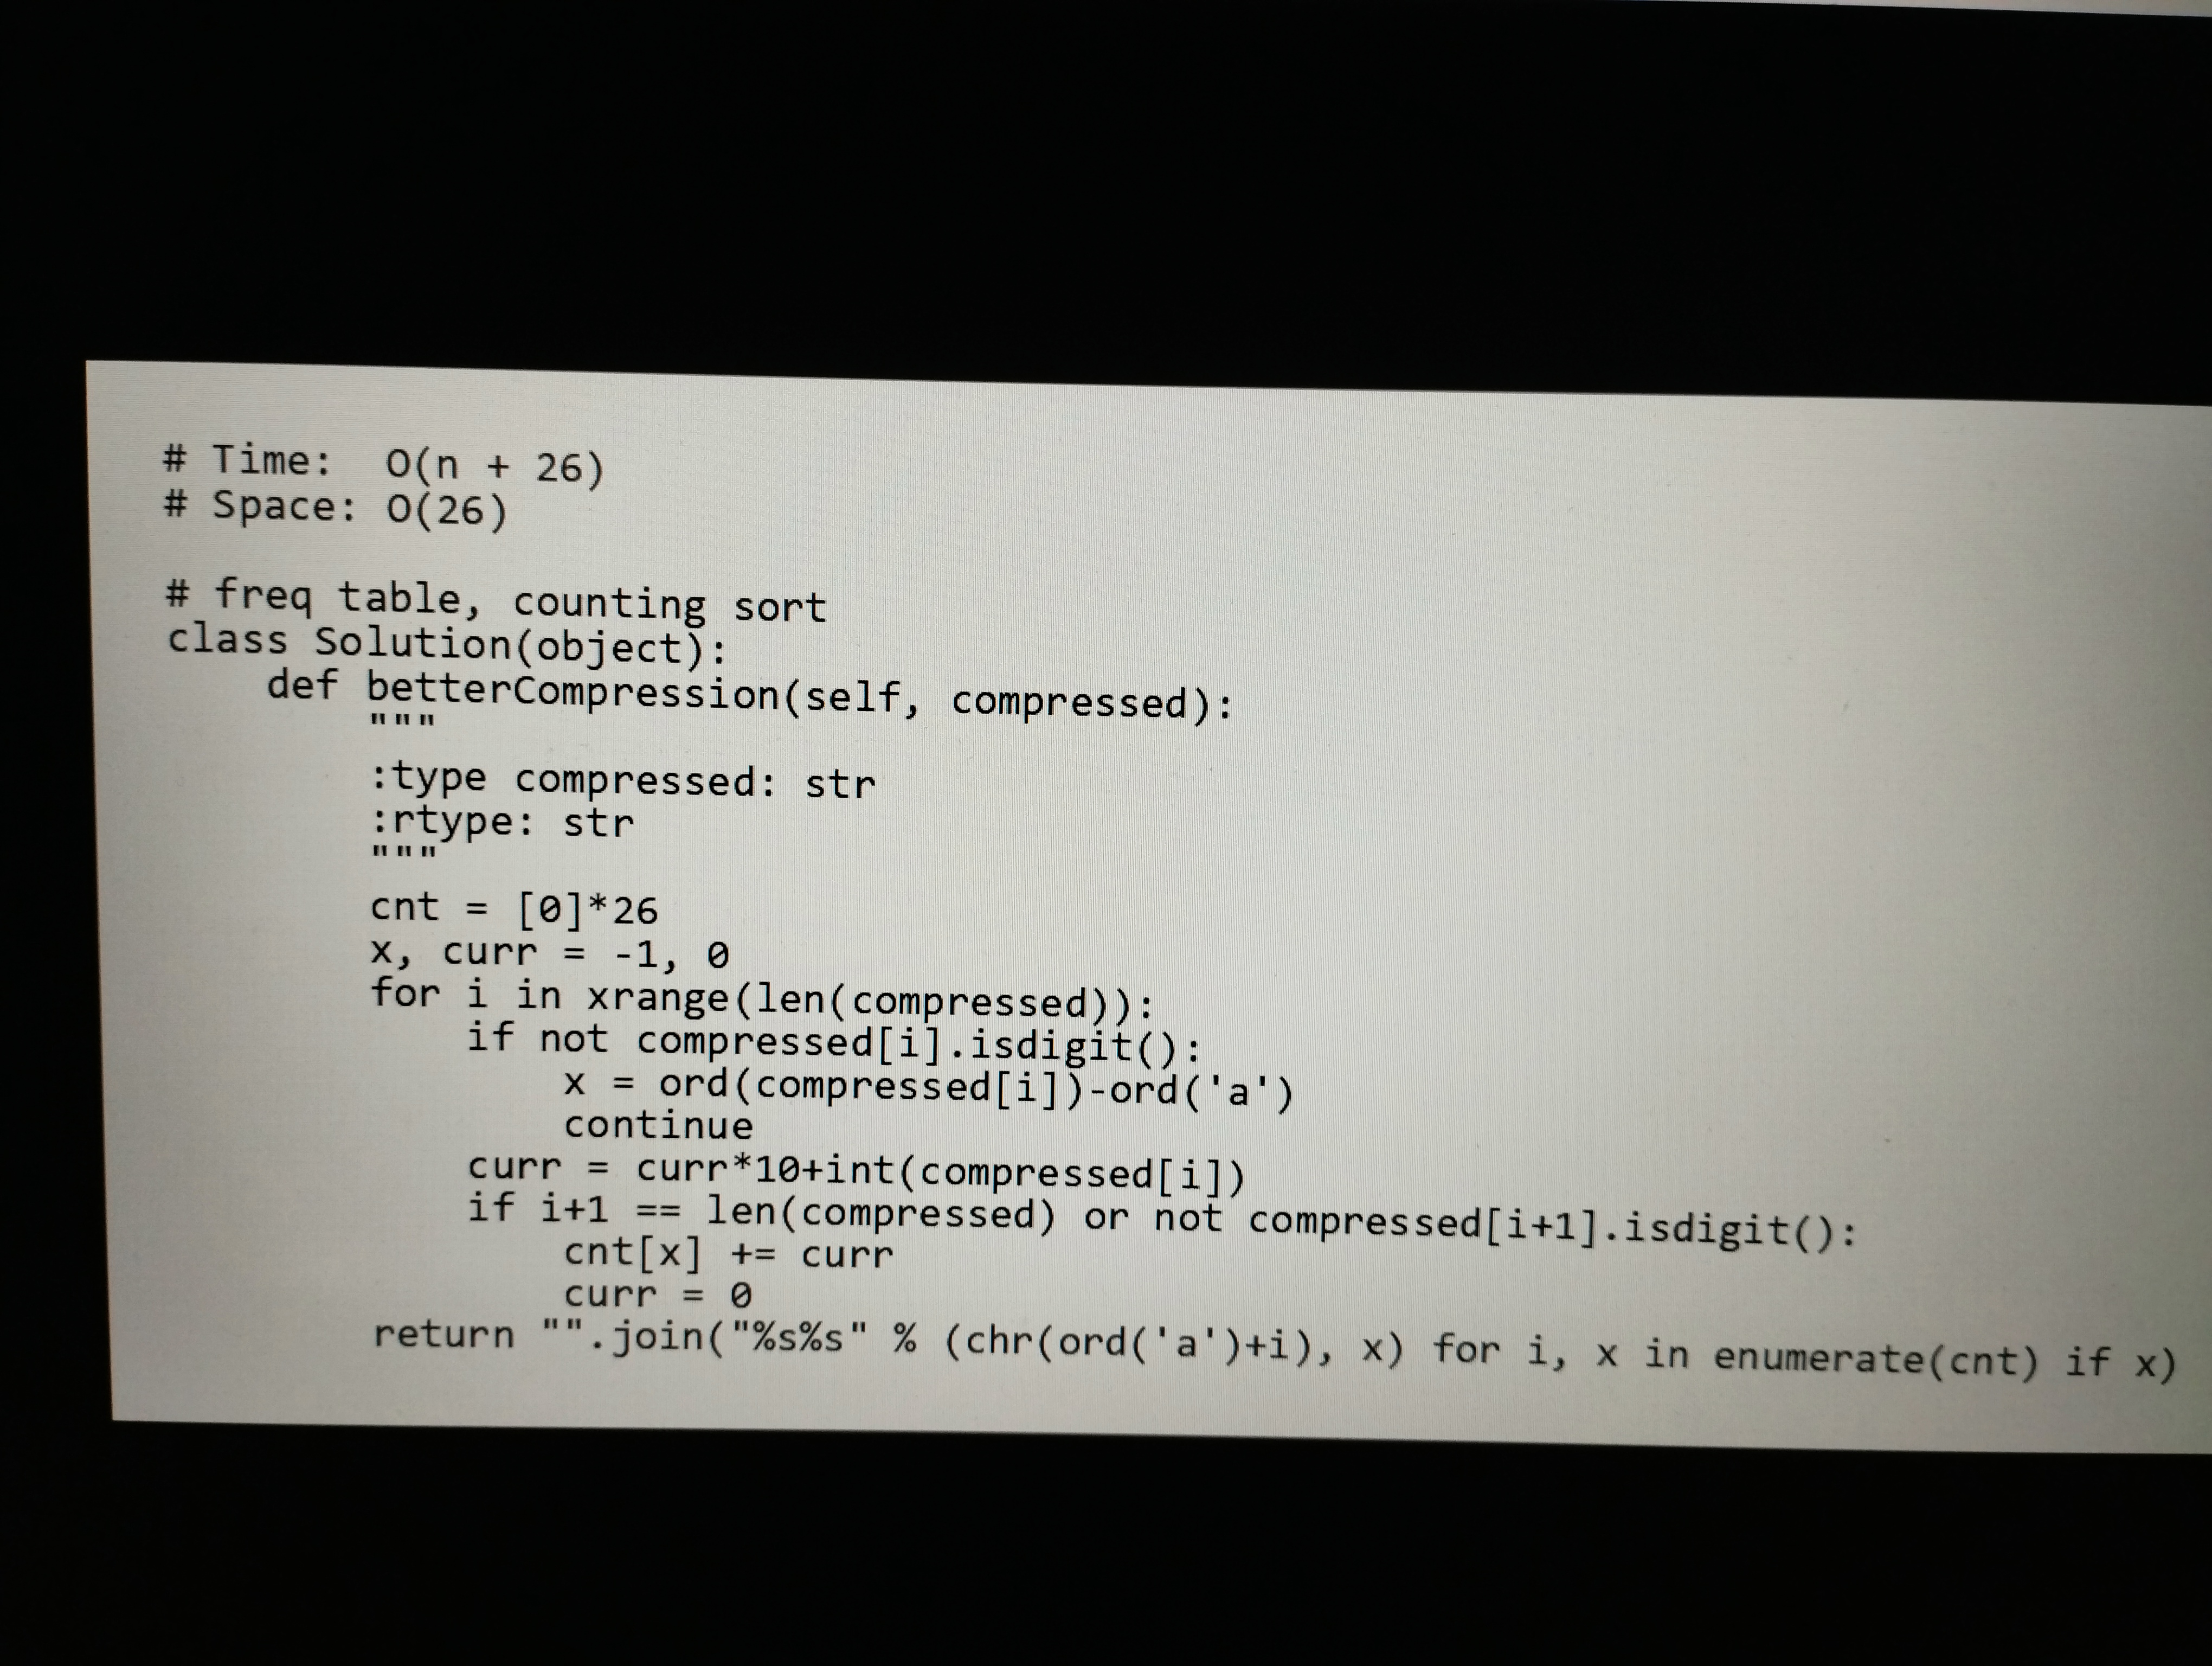
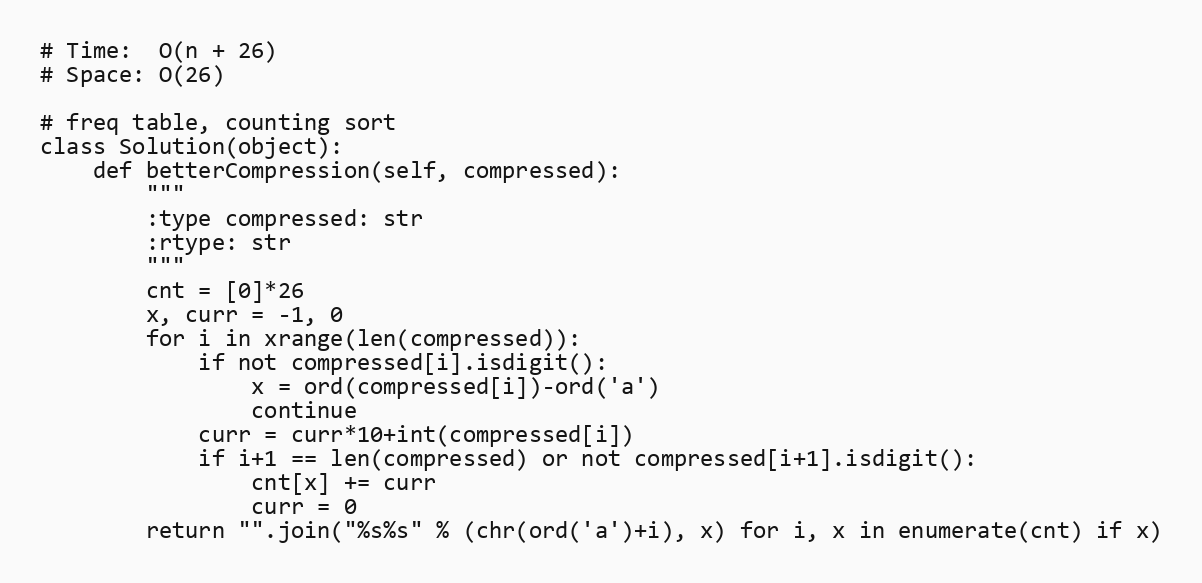
# Time:  O(n + 26)
# Space: O(26)

# freq table, counting sort
class Solution(object):
    def betterCompression(self, compressed):
        """
        :type compressed: str
        :rtype: str
        """
        cnt = [0]*26
        x, curr = -1, 0
        for i in xrange(len(compressed)):
            if not compressed[i].isdigit():
                x = ord(compressed[i])-ord('a')
                continue
            curr = curr*10+int(compressed[i])
            if i+1 == len(compressed) or not compressed[i+1].isdigit():
                cnt[x] += curr
                curr = 0
        return "".join("%s%s" % (chr(ord('a')+i), x) for i, x in enumerate(cnt) if x)